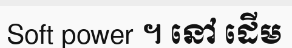
Soft power ។ នៅ ដើម